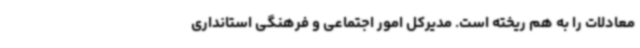
معادلات را به هم ریخته است. مدیرکل امور اجتماعی و فرهنگی استانداری